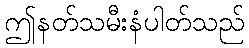
ဤနတ်သမီးနံပါတ်သည်